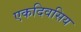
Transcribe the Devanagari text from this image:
एकदिवसिय